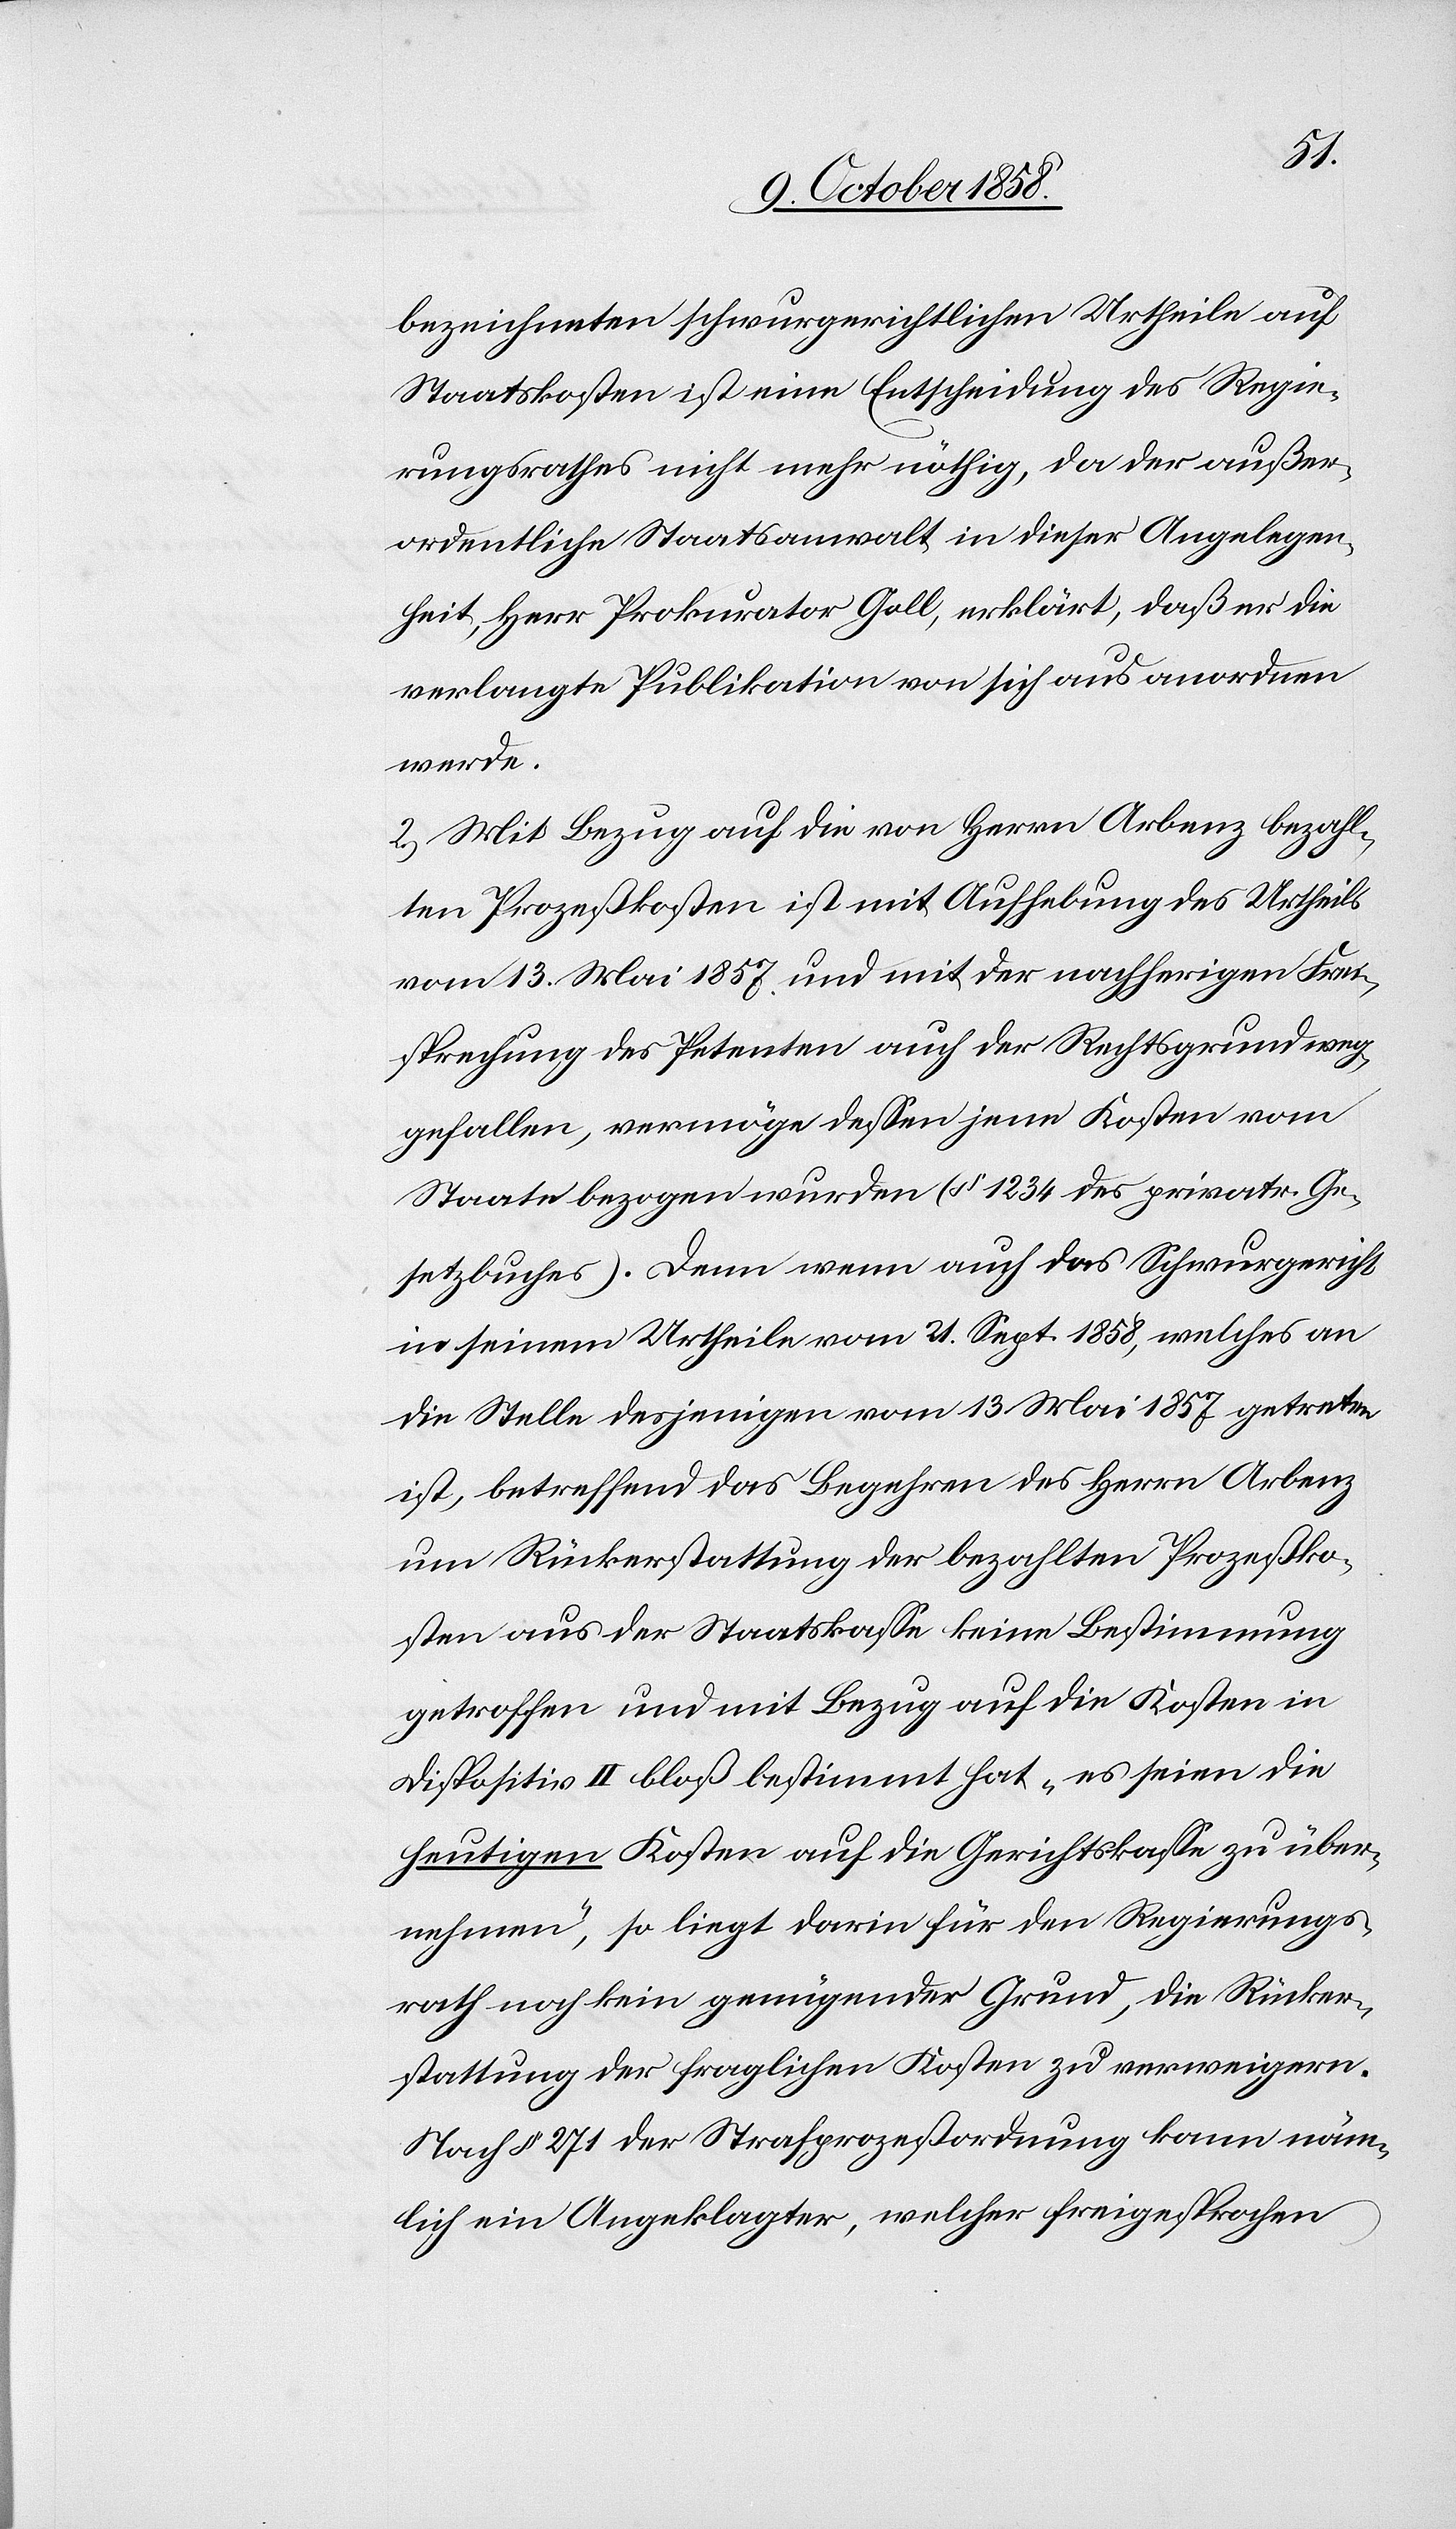
bezeichneten schwurgerichtlichen Urtheile auf
Staatskosten ist eine Entscheidung des Regie¬
rungsrathes nicht mehr nöthig, da der außer¬
ordentliche Staatsanwalt in dieser Angelegen¬
heit, Herr Prokurator Goll, erklärt, daß er die
verlangte Publikation von sich aus anordnen
werde.
2.) Mit Bezug auf die von Herrn Arbenz bezahl¬
ten Prozeßkosten ist mit Aufhebung des Urtheils
vom 13. Mai 1857 und mit der nachherigen Frei¬
sprechung des Petenten auch der Rechtsgrund weg¬
gefallen, vermöge dessen jene Kosten vom
Staate bezogen wurden (§ 1234 des privatr. Ge¬
setzbuches). Denn wenn auch das Schwurgericht
in seinem Urtheile vom 21. Sept. 1858, welches an
die Stelle desjenigen vom 13. Mai 1857 getreten
ist, betreffend das Begehren des Herrn Arbenz
um Rückerstattung der bezahlten Prozeßko¬
sten aus der Staatskasse keine Bestimmung
getroffen und mit Bezug auf die Kosten in
Dispositiv II bloß bestimmt hat „es seien die
heutigen Kosten auf die Gerichtskasse zu über¬
nehmen“, so liegt darin für den Regierungs¬
rath noch kein genügender Grund, die Rücker¬
stattung der fraglichen Kosten zu verweigern.
Nach § 271 der Strafprozeßordnung kann näm¬
lich ein Angeklagter, welcher freigesprochen